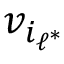
v _ { i _ { \ell ^ { * } } }